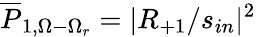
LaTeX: \overline{{P}}_{1,\Omega-\Omega_{r}}=|R_{+1}/s_{in}|^{2}